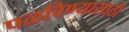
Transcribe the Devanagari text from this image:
पळविण्यासाठी